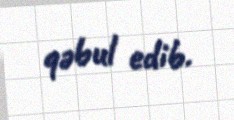
qəbul edib.